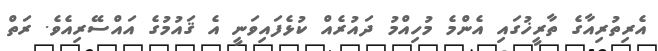
އެރިތުރިއާގެ ތާރީޚުގައި އެންމެ މުހިއްމު ދައުރެއް ކުޅެފައިވަނީ އެ ޤައުމުގެ އައްސޭރިއެވެ. ރަތް